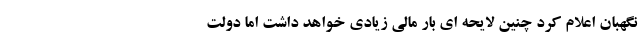
نگهبان اعلام کرد چنین لایحه ای بار مالی زیادی خواهد داشت اما دولت